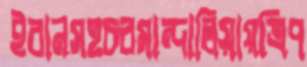
ইরানসহচরমান্দালিয়ায়ত্রিপ